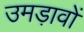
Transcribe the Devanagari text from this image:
उमड़ावों